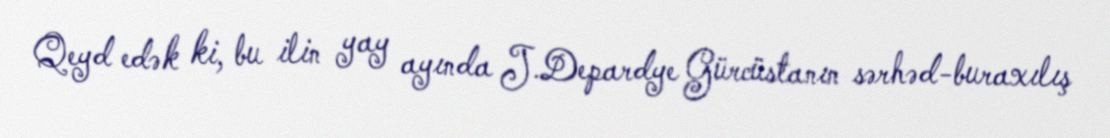
Qeyd edək ki, bu ilin yay ayında J.Depardye Gürcüstanın sərhəd-buraxılış